Document type: Sale
Year: 1461
Scribe: [Unknown]
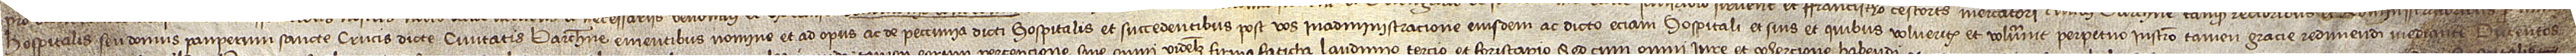
hospitalis seu domus pauperum Sancte Crucis dicte civitatis Barchinone, ementibus nomine et ad opus ac de peccunia dicti hospitalis et succedentibus post vos in administracione eiusdem ac dicto etiam hospitali et suis et quibus volueritis et voluerunt perpetuo, instrumento tamen gracie redimendi mediante, ducentos